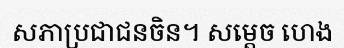
សភាប្រជាជនចិន។ សម្តេច ហេង